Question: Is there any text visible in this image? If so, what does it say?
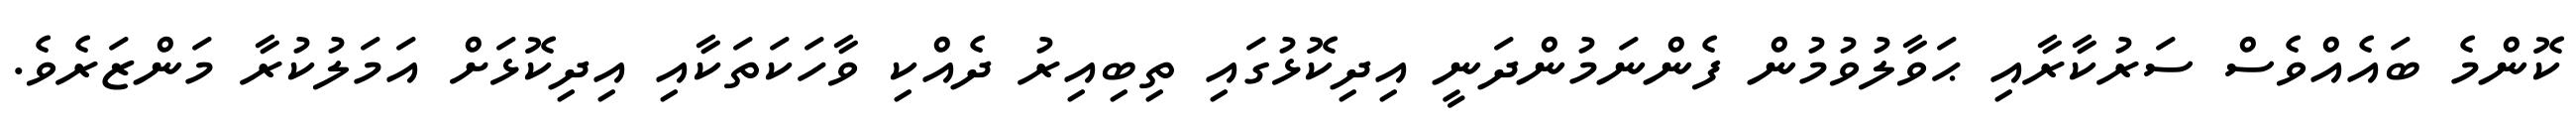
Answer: ކޮންމެ ބައެއްވެސް ސަރުކާރާއި ޙަވާލުވުމުން ފެންނަމުންދަނީ އިދިކޮޅުގައި ތިބިއިރު ދެއްކި ވާހަކަތަކާއި އިދިކޮޅަށް އަމަލުކުރާ މަންޒަރެވެ.